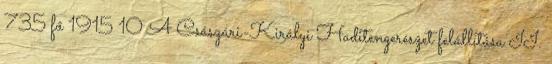
735 fő 1915 10 A Császári-Királyi Haditengerészet felállítása II.